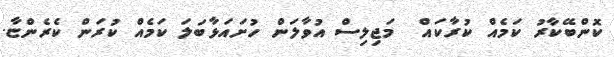
ކޮންބޭކާރު ކަމެއް ކުރާކައް  މަޖިލިސް އުވާލަން ހުށައަޅާބަލަ ކަމެއް ކުރަން ކެރެންޏާ.